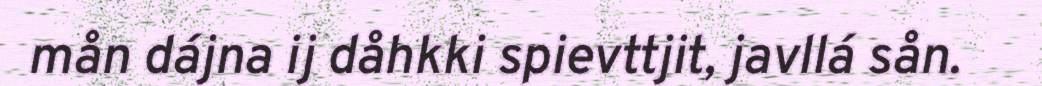
mån dájna ij dåhkki spievttjit, javllá sån.